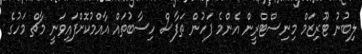
ލިބުނު ޓޫރިޒަމް މިނިސްޓްރީން އެންމެ ފަހުން ތަފާސް ހިސާބުތައް އާއްމުކޮށްފައިވަނީ މާޗް މަހުގެ